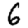
Digit: 6